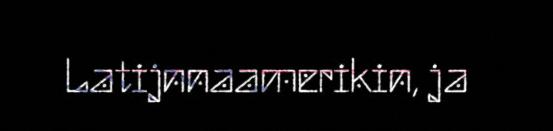
Latijnnaamerikin, ja